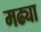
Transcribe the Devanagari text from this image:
मढ्या